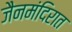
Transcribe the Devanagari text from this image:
जैनमंदिरात